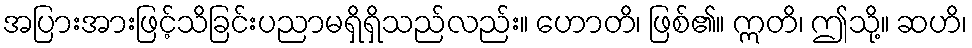
အပြားအားဖြင့်သိခြင်းပညာမရှိရှိသည်လည်း။ ဟောတိ၊ ဖြစ်၏။ ဣတိ၊ ဤသို့။ ဆဟိ၊